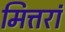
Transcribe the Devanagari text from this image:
मित्तरां